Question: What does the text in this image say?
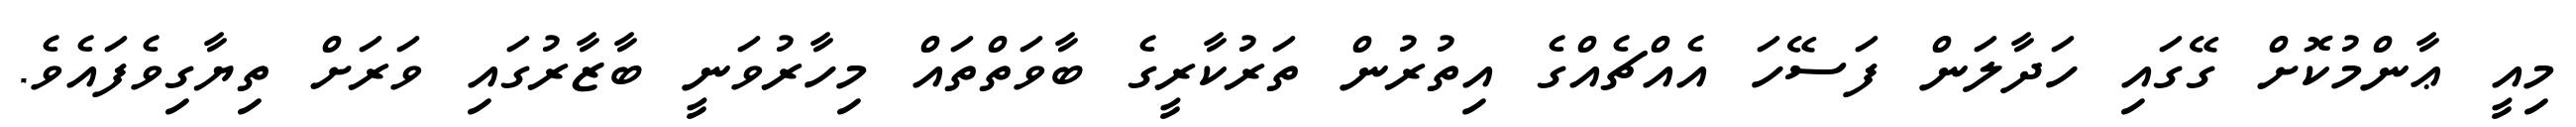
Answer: މިއީ ޢާންމުކޮށް ގޭގައި ހަދާލަން ފަސޭހަ އެއްޗެއްގެ އިތުރުން ތަރުކާރީގެ ބާވަތްތައް މިހާރުވަނީ ބާޒާރުގައި ވަރަށް ތިޔާގިވެފައެވެ.